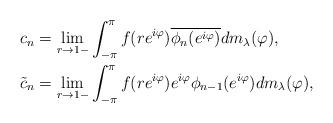
LaTeX: \begin{align*}c_n&=\lim_{r\rightarrow1-}\int_{-\pi}^{\pi}f(re^{i\varphi})\overline{\phi_{n}(e^{i\varphi})}dm_{\lambda}(\varphi),\\\tilde{c}_n&=\lim_{r\rightarrow1-}\int_{-\pi}^{\pi}f(re^{i\varphi})e^{i\varphi}\phi_{n-1}(e^{i\varphi})dm_{\lambda}(\varphi),\end{align*}